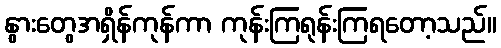
နွားတွေအရှိန်ကုန်ကာ ကုန်းကြရုန်းကြရတော့သည်။